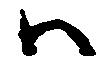
ハ